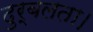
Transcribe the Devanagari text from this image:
दुर्बलता।